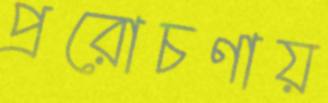
প্ররোচণায়